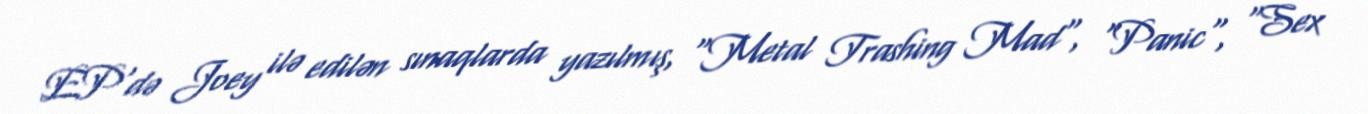
EP'də Joey ilə edilən sınaqlarda yazılmış, "Metal Trashing Mad", "Panic", "Sex